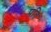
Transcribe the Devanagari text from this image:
पति